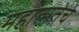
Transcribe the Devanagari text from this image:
महात्मतेचे